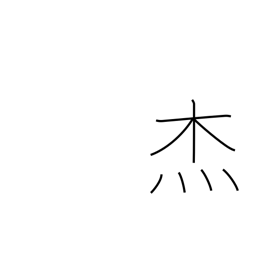
Meaning: hero